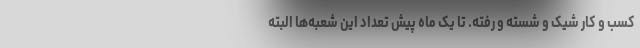
کسب و کار شیک و شسته و رُفته. تا یک ماه پیش تعداد این شعبه‌ها البته